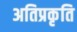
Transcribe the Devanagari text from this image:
अतिप्रकृति